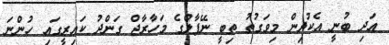
އަދި ބުނީ އެކުދިން މިވަގުތު ތިބީ ނޭޕާލްގެ މަހާރާޖް ގަންދު ކައިރީގައި ހުންނަ